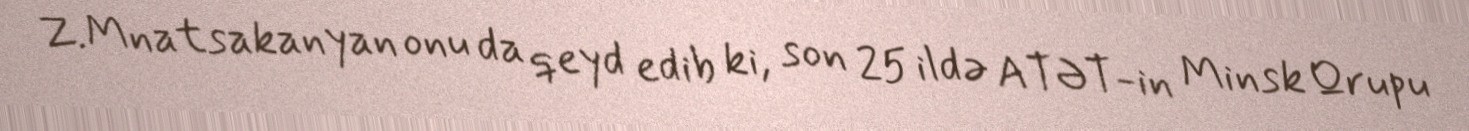
Z.Mnatsakanyan onu da qeyd edib ki, son 25 ildə ATƏT-in Minsk Qrupu